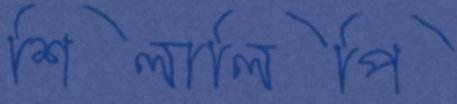
শিলালিপি